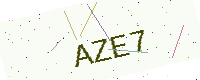
Text: AZE7